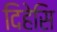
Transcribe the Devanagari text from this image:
दिहेसि